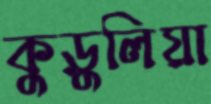
কুড়ুলিয়া